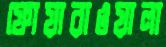
ফোয়ারাওয়ালা